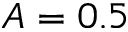
A = 0 . 5